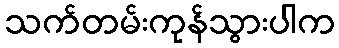
သက်တမ်းကုန်သွားပါက